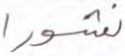
نشورا